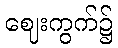
ဈေးကွက်၌